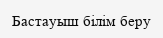
Бастауыш білім беру